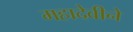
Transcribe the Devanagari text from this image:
महादेवीने